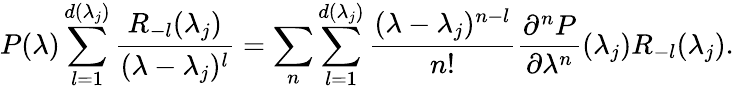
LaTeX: P(\lambda)\sum_{l=1}^{d(\lambda_{j})}\frac{R_{-l}(\lambda_{j})}{(\lambda-\lambda_{j})^{l}}=\sum_{n}\sum_{l=1}^{d(\lambda_{j})}\frac{(\lambda-\lambda_{j})^{n-l}}{n!}\frac{\partial^{n}P}{\partial\lambda^{n}}(\lambda_{j})R_{-l}(\lambda_{j}).